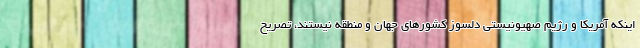
اینکه آمریکا و رژیم صهیونیستی دلسوز کشورهای جهان و منطقه نیستند، تصریح